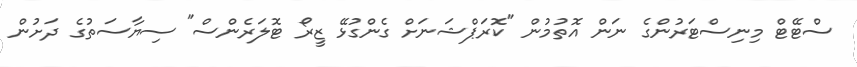
ސްޓޭޓް މިނިސްޓަރުންގެ ނަން އޮތުމުން "ކޮރަޕްޝަނަށް ގެންގުޅޭ ޒީރޯ ޓޮލަރެންސް" ސިޔާސަތުގެ ދަށުން